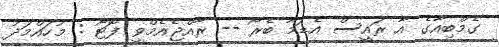
ގެމްބިއާގެ އާ ރައީސް އެޑަމާ ބެރޯ -- ރާއްޖެއެމްވީ ފޮޓޯ : މުހައްމަދު